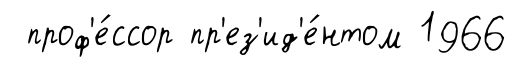
проф'е́ссор пр'ез'ид'е́нтом 1966